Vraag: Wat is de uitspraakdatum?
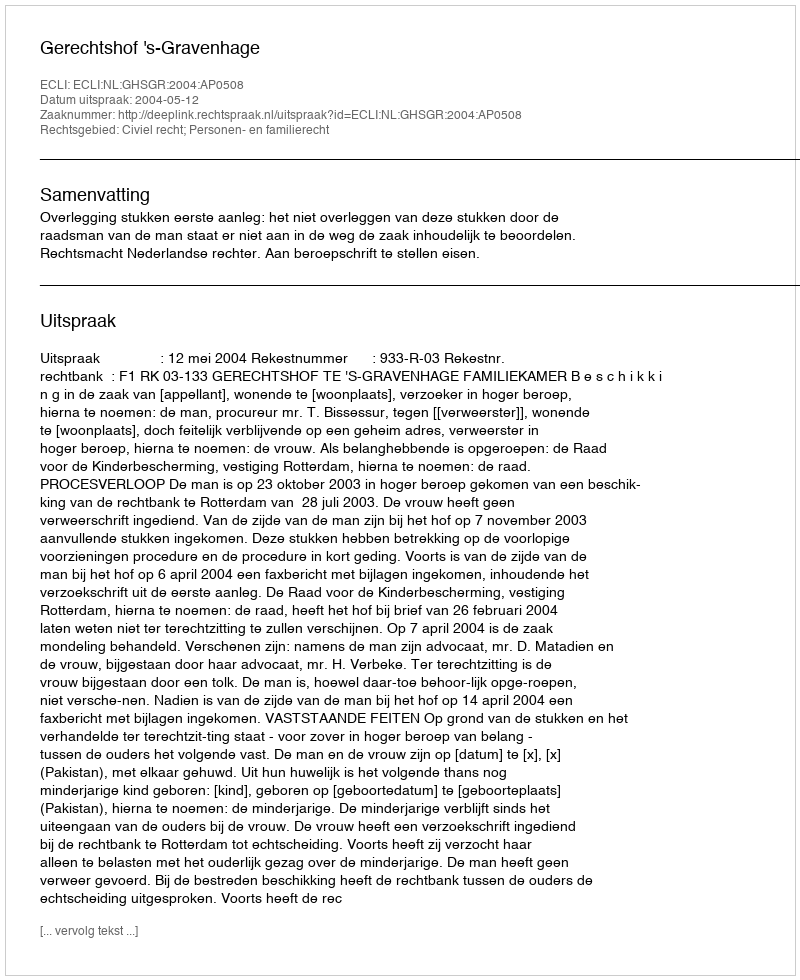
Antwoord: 2004-05-12